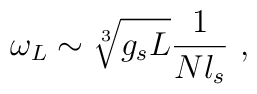
\omega_L \sim \sqrt[3]{g_s L} {1\over N l_s}~,